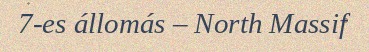
7-es állomás – North Massif